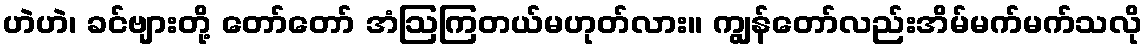
ဟဲဟဲ၊ ခင်ဗျားတို့ တော်တော် အံဩကြတယ်မဟုတ်လား။ ကျွန်တော်လည်းအိမ်မက်မက်သလို